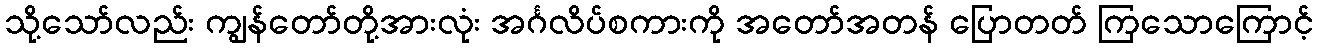
သို့သော်လည်း ကျွန်တော်တို့အားလုံး အင်္ဂလိပ်စကားကို အတော်အတန် ပြောတတ် ကြသောကြောင့်